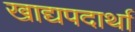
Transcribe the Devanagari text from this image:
खाद्यपदार्था